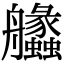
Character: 𦫈